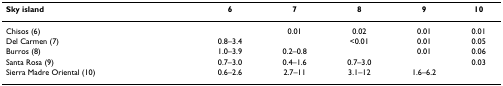
| Sky island | 6 | 7 | 8 | 9 | 10 |
 | --- | --- | --- | --- | --- | --- |
 | Chisos (6) |  | 0.01 | 0.02 | 0.01 | 0.01 |
 | Del Carmen (7) | 0.8–3.4 |  | <0.01 | 0.01 | 0.05 |
 | Burros (8) | 1.0–3.9 | 0.2–0.8 |  | 0.01 | 0.06 |
 | Santa Rosa (9) | 0.7–3.0 | 0.4–1.6 | 0.7–3.0 |  | 0.03 |
 | Sierra Madre Oriental (10) | 0.6–2.6 | 2.7–11 | 3.1–12 | 1.6–6.2 |  |